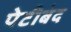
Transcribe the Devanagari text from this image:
पेटीबंद